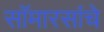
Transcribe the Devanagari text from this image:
सॉमारसांचे